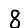
Digit: 8